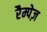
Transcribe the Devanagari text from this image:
रैम्पेज़